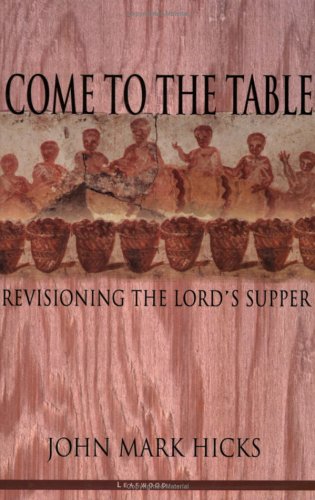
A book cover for Come to the Table: Revisioning the Lord's Supper; John Mark Hicks; Christian Books & Bibles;